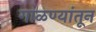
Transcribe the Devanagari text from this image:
गाळण्यांतून